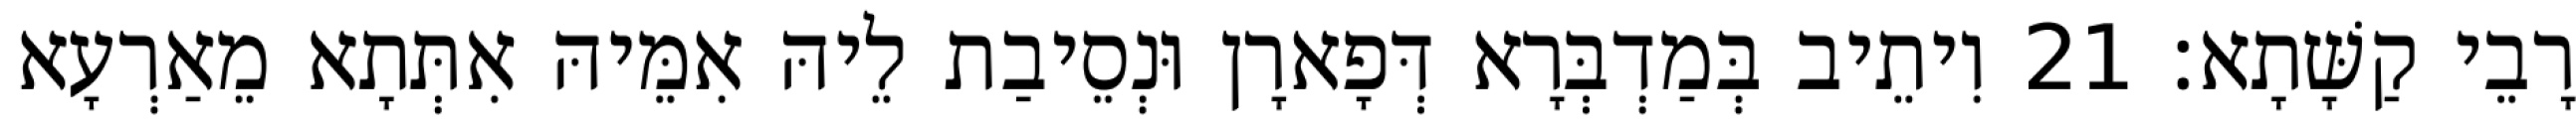
רָבֵי קַשָּׁתָא׃ 21 וִיתֵיב בְּמַדְבְּרָא דְּפָארָן וּנְסֵיבַת לֵיהּ אִמֵּיהּ אִתְּתָא מֵאַרְעָא